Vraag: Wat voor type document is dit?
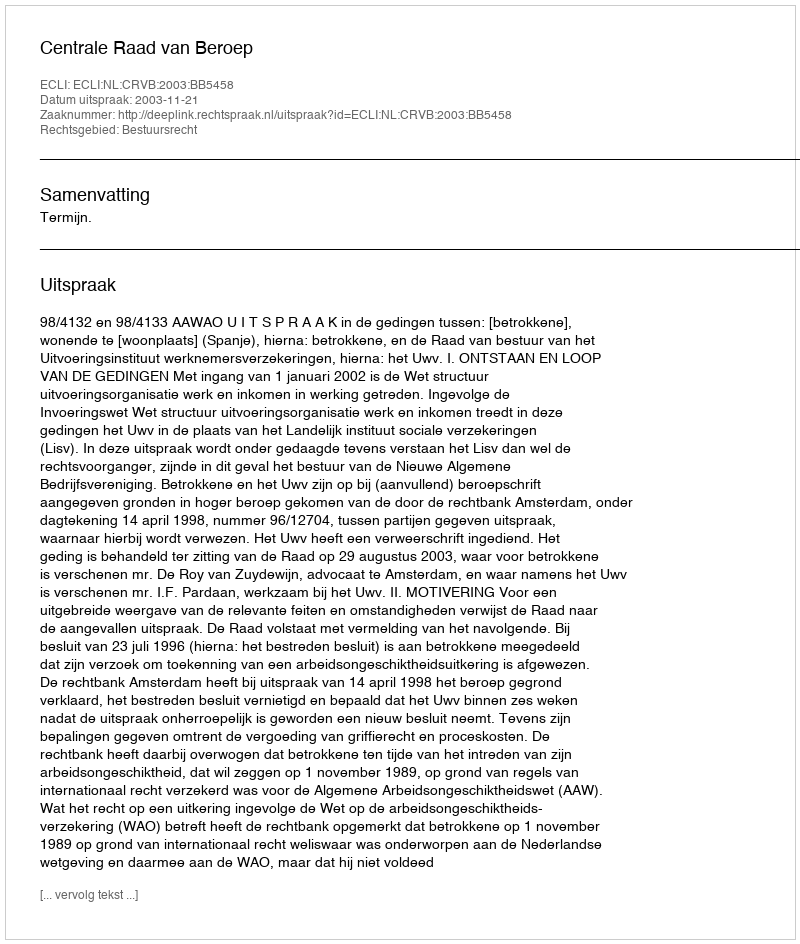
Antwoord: Uitspraak